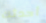
أحدثك